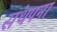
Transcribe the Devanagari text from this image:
संथपना